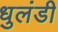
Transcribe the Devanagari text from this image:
धुलंडी